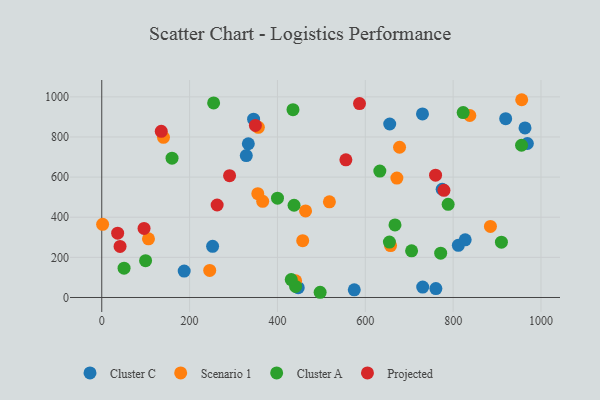
{"axis": {"x": "Ad Spend", "y": "Yield"}, "legend": ["Cluster A", "Cluster C", "Projected", "Scenario 1"], "data": [{"x": "447.3", "y": 48.8, "type": "Cluster C"}, {"x": "329.1", "y": 707.4, "type": "Cluster C"}, {"x": "333.7", "y": 766.2, "type": "Cluster C"}, {"x": "760.7", "y": 44.6, "type": "Cluster C"}, {"x": "187.7", "y": 131.9, "type": "Cluster C"}, {"x": "574.9", "y": 38.2, "type": "Cluster C"}, {"x": "345.7", "y": 888.9, "type": "Cluster C"}, {"x": "919.6", "y": 891.2, "type": "Cluster C"}, {"x": "252.4", "y": 255.1, "type": "Cluster C"}, {"x": "963.6", "y": 845.1, "type": "Cluster C"}, {"x": "775.0", "y": 539.5, "type": "Cluster C"}, {"x": "969.0", "y": 767.4, "type": "Cluster C"}, {"x": "730.2", "y": 914.7, "type": "Cluster C"}, {"x": "811.8", "y": 259.8, "type": "Cluster C"}, {"x": "730.7", "y": 52.0, "type": "Cluster C"}, {"x": "655.6", "y": 864.5, "type": "Cluster C"}, {"x": "827.4", "y": 287.6, "type": "Cluster C"}, {"x": "678.0", "y": 748.7, "type": "Scenario 1"}, {"x": "671.9", "y": 594.9, "type": "Scenario 1"}, {"x": "245.8", "y": 134.9, "type": "Scenario 1"}, {"x": "464.0", "y": 431.2, "type": "Scenario 1"}, {"x": "457.5", "y": 283.3, "type": "Scenario 1"}, {"x": "356.5", "y": 847.9, "type": "Scenario 1"}, {"x": "106.4", "y": 292.6, "type": "Scenario 1"}, {"x": "441.4", "y": 83.4, "type": "Scenario 1"}, {"x": "657.5", "y": 258.5, "type": "Scenario 1"}, {"x": "366.4", "y": 479.2, "type": "Scenario 1"}, {"x": "2.0", "y": 364.8, "type": "Scenario 1"}, {"x": "884.9", "y": 354.4, "type": "Scenario 1"}, {"x": "355.3", "y": 517.4, "type": "Scenario 1"}, {"x": "518.3", "y": 476.8, "type": "Scenario 1"}, {"x": "838.0", "y": 907.1, "type": "Scenario 1"}, {"x": "140.5", "y": 798.2, "type": "Scenario 1"}, {"x": "956.1", "y": 985.6, "type": "Scenario 1"}, {"x": "955.7", "y": 758.7, "type": "Cluster A"}, {"x": "788.6", "y": 464.5, "type": "Cluster A"}, {"x": "705.4", "y": 232.8, "type": "Cluster A"}, {"x": "771.6", "y": 221.0, "type": "Cluster A"}, {"x": "441.3", "y": 55.0, "type": "Cluster A"}, {"x": "160.0", "y": 694.5, "type": "Cluster A"}, {"x": "99.8", "y": 183.7, "type": "Cluster A"}, {"x": "497.2", "y": 26.0, "type": "Cluster A"}, {"x": "435.4", "y": 936.2, "type": "Cluster A"}, {"x": "822.8", "y": 921.7, "type": "Cluster A"}, {"x": "633.1", "y": 630.1, "type": "Cluster A"}, {"x": "431.4", "y": 89.2, "type": "Cluster A"}, {"x": "654.9", "y": 276.0, "type": "Cluster A"}, {"x": "254.7", "y": 969.9, "type": "Cluster A"}, {"x": "909.9", "y": 275.6, "type": "Cluster A"}, {"x": "50.8", "y": 146.2, "type": "Cluster A"}, {"x": "400.1", "y": 495.0, "type": "Cluster A"}, {"x": "437.8", "y": 459.7, "type": "Cluster A"}, {"x": "667.6", "y": 361.5, "type": "Cluster A"}, {"x": "760.0", "y": 609.5, "type": "Projected"}, {"x": "586.8", "y": 966.5, "type": "Projected"}, {"x": "291.0", "y": 606.9, "type": "Projected"}, {"x": "96.3", "y": 344.0, "type": "Projected"}, {"x": "779.1", "y": 534.1, "type": "Projected"}, {"x": "41.7", "y": 254.4, "type": "Projected"}, {"x": "262.7", "y": 461.0, "type": "Projected"}, {"x": "555.8", "y": 686.3, "type": "Projected"}, {"x": "36.2", "y": 320.5, "type": "Projected"}, {"x": "135.5", "y": 828.2, "type": "Projected"}, {"x": "349.8", "y": 857.7, "type": "Projected"}]}